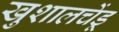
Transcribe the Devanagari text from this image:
खुशालचेंडू